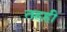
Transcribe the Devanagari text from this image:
तहही